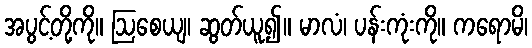
အပွင့်တို့ကို။ ဩစေယျ၊ ဆွတ်ယူ၍။ မာလံ၊ ပန်းကုံးကို။ ကရောမိ၊